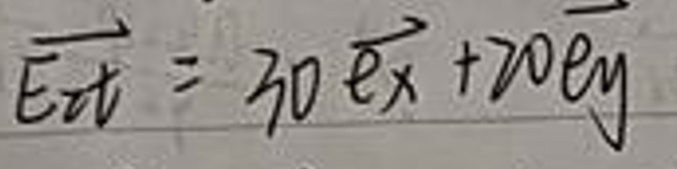
$\overrightarrow{E_{x}} = 30\overrightarrow{e_{x}}+20\overrightarrow{e_{y}}$